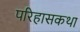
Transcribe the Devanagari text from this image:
परिहासकथा